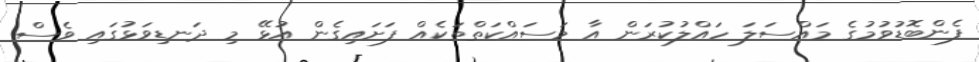
ފެންބޮޑުވުމުގެ މައްސަލަ ހައްލުކުރަން އާ މަސައްކަތްތަކެއް ފަށައިގެން އުޅޭ މި ދަނޑިވަޅުގައި ވެސް